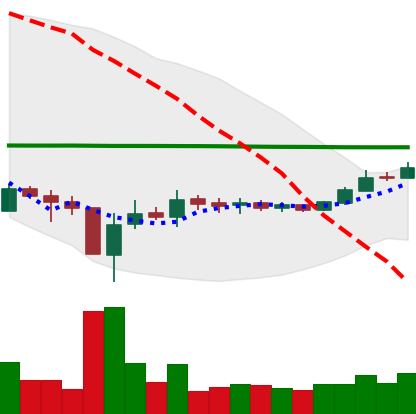
Ticker: BTC-USD
Chart end date: 2015-09-08
Forward return: -5.376%
Label: down_5_7